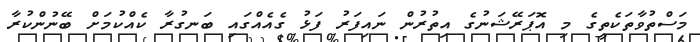
މަސްތުވާތަކެތީގެ މި އޮޕަރޭޝަނުގެ އިތުރުން ނައިފަރު ފަޅު ގެއެއްގައި ބަނގުރާ ކެއްކުމަށް ބޭނުންކުރާ